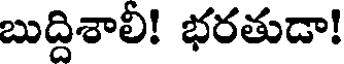
బుద్దిశాలి! భరతుడా!